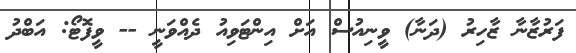
ފަރުޒާނާ ޒާހިރު (ދަނާ) ވީނިއުސް އަށް އިންޓަވިއު ދެއްވަނީ -- ވީފޮޓޯ: އަބްދު